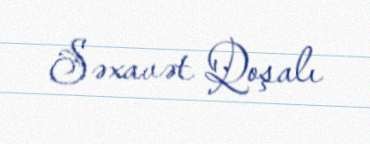
Səxavət Qoşalı